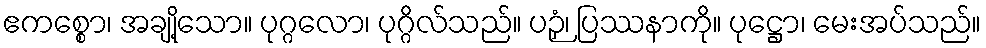
ဧကစ္စော၊ အချို့သော။ ပုဂ္ဂလော၊ ပုဂ္ဂိလ်သည်။ ပဉှံ၊ ပြဿနာကို။ ပုဋ္ဌော၊ မေးအပ်သည်။